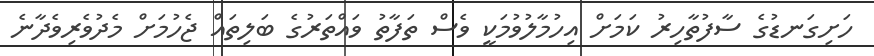
ހަށިގަނޑުގެ ސާފުތާހިރު ކަމަށް އިހުމާލުވުމަކީ ވެސް ތަފާތު ވައްތަރުގެ ބަލިތައް ޖެހުމަށް މެދުވެރިވެދާނެ